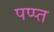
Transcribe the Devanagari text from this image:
पप्प्त